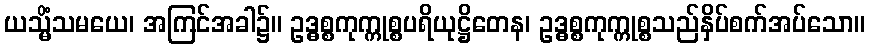
ယသ္မိံသမယေ၊ အကြင်အခါ၌။ ဥဒ္ဓစ္စကုက္ကုစ္စပရိယုဋ္ဌိတေန၊ ဥဒ္ဓစ္စကုက္ကုစ္စသည်နှိပ်စက်အပ်သော။